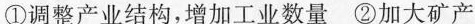
①调整产业结构，增加工业数量 ②加大矿产